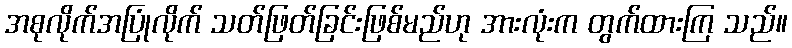
အစုလိုက်အပြုံလိုက် သတ်ဖြတ်ခြင်းဖြစ်မည်ဟု အားလုံးက တွက်ထားကြ သည်။